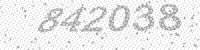
Solution: 842038